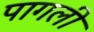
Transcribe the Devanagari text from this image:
पागली